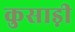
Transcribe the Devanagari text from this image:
कुसाड़ी